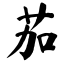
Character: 茄